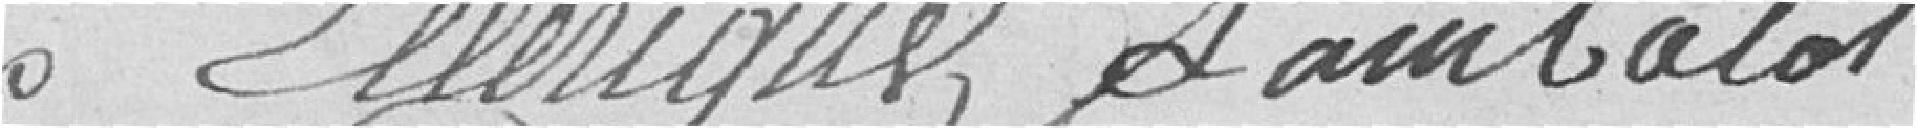
Elleriques Lambalot